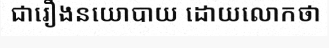
ជារឿងនយោបាយ ដោយលោកថា